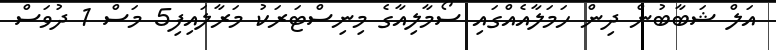
އަލް ޝަބާބުން ދިން ހަމަލާއެއްގައި ސޯމާލިއާގެ މިނިސްޓަރަކު މަރާލައިފި5 މަސް 1 ދުވަސް